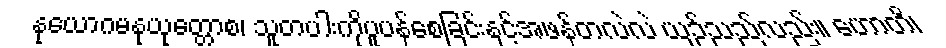
နုယောဂမနုယုတ္တောစ၊ သူတပါးကိုပူပန်စေခြင်းနှင့်အဖန်တလဲလဲ ယှဉ်သည်လည်း။ ဟောတိ၊